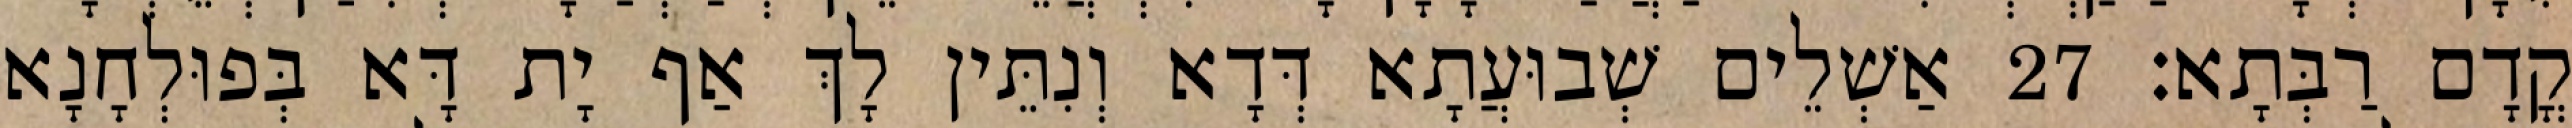
קֳדָם רַבְּתָא׃ 27 אַשְׁלֵים שְׁבוּעֲתָא דְּדָא וְנִתֵּין לָךְ אַף יָת דָּא בְּפוּלְחָנָא